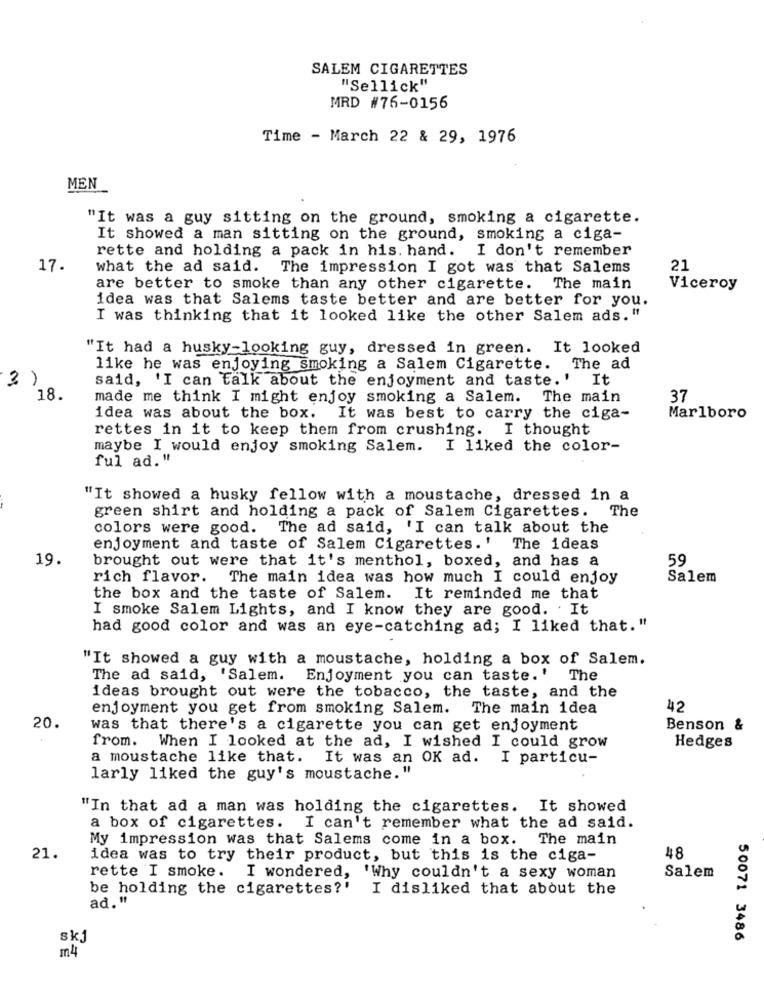
SALEM CIGARETTES
"Sellick"
MRD #76-0156
Time - March 22 & 29, 1976
MEN
"It was a guy sitting on the ground, smoking a cigarette.
It showed a man sitting on the ground, smoking a ciga-
rette and holding a pack in his. hand. I don't remember
17.
what the ad said. The impression I got was that Salems
21
are better to smoke than any other cigarette. The main
Viceroy
idea was that Salems taste better and are better for you.
I was thinking that it looked like the other Salem ads."
"It had a husky-looking guy, dressed in green.
It looked
like he was enjoying smoking a Salem Cigarette. The ad
3 )
said, 'I can talk about the enjoyment and taste.' It
18.
made me think I might enjoy smoking a Salem. The main
37
idea was about the box. It was best to carry the ciga-
Marlboro
rettes in it to keep them from crushing.
I thought
maybe I would enjoy smoking Salem. I liked the color-
ful ad."
"It showed a husky fellow with a moustache, dressed in a
green shirt and holding a pack of Salem Cigarettes. The
colors were good. The ad said, 'I can talk about the
enjoyment and taste of Salem Cigarettes.' The ideas
19.
brought out were that it's menthol, boxed, and has a
59
rich flavor. The main idea was how much I could enjoy
Salem
the box and the taste of Salem. It reminded me that
I smoke Salem Lights, and I know they are good. . It
had good color and was an eye-catching ad; I liked that."
"It showed a guy with a moustache, holding a box of Salem.
The ad said, 'Salem. Enjoyment you can taste.'
The
ideas brought out were the tobacco, the taste, and the
enjoyment you get from smoking Salem.
The main idea
42
20.
was that there's a cigarette you can get enjoyment
Benson &
from. When I looked at the ad, I wished I could grow
Hedges
a moustache like that. It was an OK ad.
I particu-
larly liked the guy's moustache."
"In that ad a man was holding the cigarettes. It showed
a box of cigarettes. I can't remember what the ad said.
My impression was that Salems come in a box. The main
21.
idea was to try their product, but this is the ciga-
48
rette I smoke. I wondered, 'Why couldn't a sexy woman
Salem
be holding the cigarettes?' I disliked that about the
ad."
50071 3486
skj
m 4